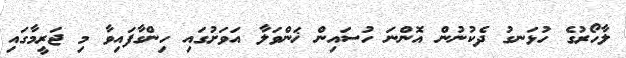
ލާހޯރުގެ ހުޅަނގު ދެކުނުން އޮންނަ ހުސައިން ޚަންވަލާ އަވަށުގައި ހިންގާފައިވާ މި ޖަރީމާގައި